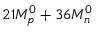
2 1 M _ { p } ^ { 0 } + 3 6 M _ { n } ^ { 0 }